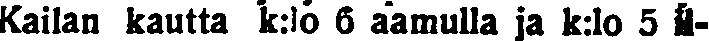
Kailan kautta k:lo 6 aamulla ja k:lo 5 il-